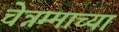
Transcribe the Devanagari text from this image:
चेन्नम्माच्या